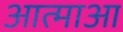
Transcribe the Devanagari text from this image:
आत्माआ